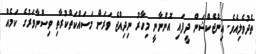
ތެދުވެލިއެވެ. އިންޖެކްޝަން ދީފައި އޮންނާނީ މިހާރު ނިދިއްޖެ ވަރަށް މަސައްކަތްކުރާތި ވިސްނާވަރުގެ ކަމެއް